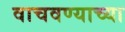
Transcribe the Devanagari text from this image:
वाचवण्याच्या